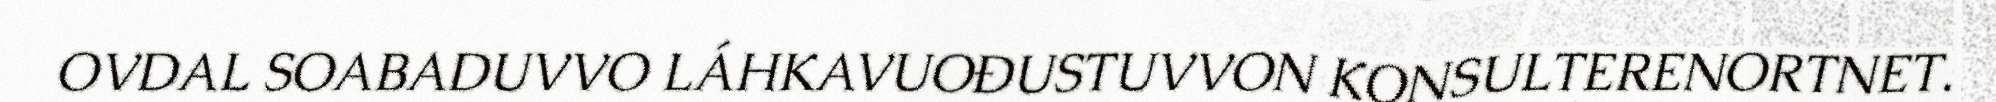
OVDAL SOABADUVVO LÁHKAVUOĐUSTUVVON KONSULTERENORTNET.